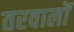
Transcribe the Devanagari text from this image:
तरवालों